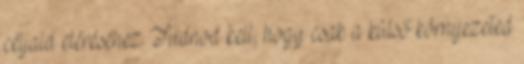
céljaid eléréséhez. Tudnod kell, hogy csak a külső környezeted